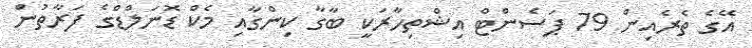
އޭގެ ތެރެއިން 79 ޕަސެންޓް އިޝްތިހާރަކީ ބާގާ ކިންގާއި މެކް ޑޮނަލްޑްގެ ފަރާތުން